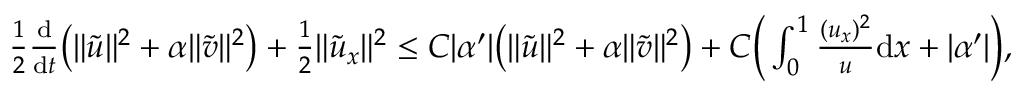
\begin{array} { r } { \frac 1 2 \frac { \mathrm { d } } { \mathrm { d } t } \big ( \| { \tilde { u } } \| ^ { 2 } + \alpha \| { \tilde { v } } \| ^ { 2 } \big ) + \frac 1 2 \| { \tilde { u } } _ { x } \| ^ { 2 } \le C | \alpha ^ { \prime } | \big ( \| { \tilde { u } } \| ^ { 2 } + \alpha \| { \tilde { v } } \| ^ { 2 } \big ) + C \Big ( \int _ { 0 } ^ { 1 } \frac { ( u _ { x } ) ^ { 2 } } { u } \mathrm { d } x + | \alpha ^ { \prime } | \Big ) , } \end{array}